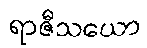
ရာဇီသယော